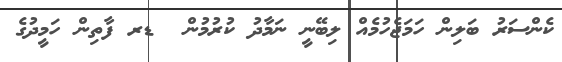
ކެންސަރު ބަލިން ހަމަޖެހުމެއް ލިބޭނީ ނަމާދު ކުރުމުން  ޑރ ފާތިން ހަމީދުގެ